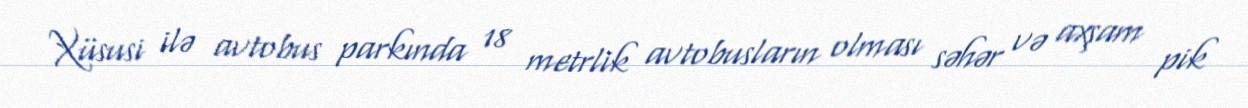
Xüsusi ilə avtobus parkında 18 metrlik avtobusların olması səhər və axşam pik